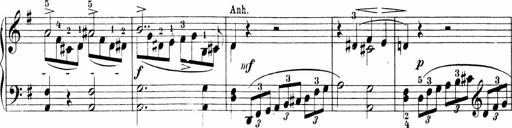
Title: 3 Sonatinas
Composer: Carl Reinecke